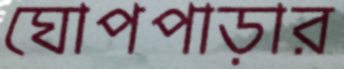
ঘোপপাড়ার